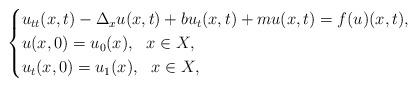
LaTeX: \begin{align*}\begin{cases} u_{tt}(x,t)-\Delta_x u(x,t)+bu_{t}(x,t)+mu(x,t)=f(u)(x,t),\\ u(x,0)=u_{0}(x),\,\,\,\,x\in X,\\ u_{t}(x,0)=u_{1}(x),\,\,\,\,x\in X, \end{cases} \end{align*}